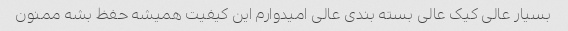
بسیار عالی کیک عالی بسته بندی عالی امیدوارم این کیفیت همیشه حفظ بشه ممنون